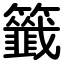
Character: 籤